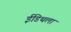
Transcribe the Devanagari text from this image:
ईडिथला